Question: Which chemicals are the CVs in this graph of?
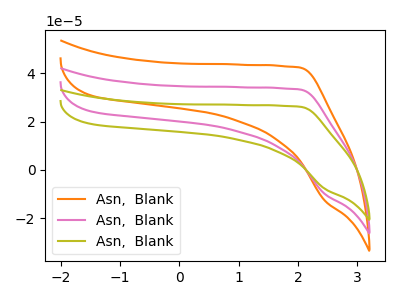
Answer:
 <answer>The orange curve is labeled "Asn,  Blank1". The pink curve is labeled "Asn,  Blank2". The olive curve is labeled "Asn,  Blank3".</answer>
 <eval></eval>